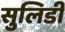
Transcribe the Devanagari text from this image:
सुलिडी